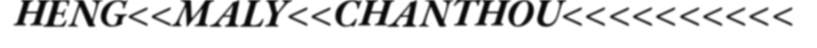
HENG<<MALY<<CHANTHOU<<<<<<<<<<